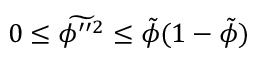
0 \leq \widetilde { \phi ^ { \prime \prime 2 } } \leq \tilde { \phi } ( 1 - \tilde { \phi } )